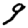
Digit: 9